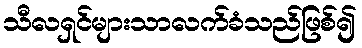
သီလရှင်များသာလက်ခံသည်ဖြစ်၍